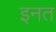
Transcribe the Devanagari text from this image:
इनत